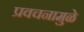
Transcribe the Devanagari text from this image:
प्रवचनामुळे